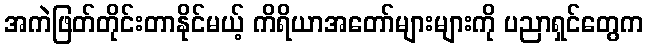
အကဲဖြတ်တိုင်းတာနိုင်မယ့် ကိရိယာအတော်များများကို ပညာရှင်တွေက